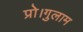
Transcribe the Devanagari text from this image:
प्रो।गुलाम